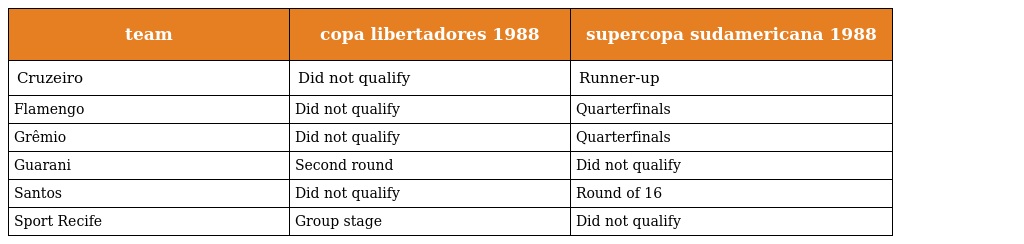
| team | copa libertadores 1988 | supercopa sudamericana 1988 |
 | --- | --- | --- |
 | Cruzeiro | Did not qualify | Runner-up |
 | Flamengo | Did not qualify | Quarterfinals |
 | Grêmio | Did not qualify | Quarterfinals |
 | Guarani | Second round | Did not qualify |
 | Santos | Did not qualify | Round of 16 |
 | Sport Recife | Group stage | Did not qualify |